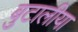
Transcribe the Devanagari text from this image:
बुटालीया